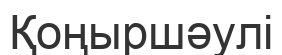
Қоңыршәулі